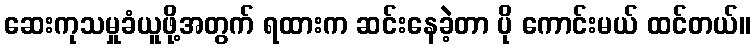
ဆေးကုသမှုခံယူဖို့အတွက် ရထားက ဆင်းနေခဲ့တာ ပို ကောင်းမယ် ထင်တယ်။